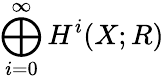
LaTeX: \bigoplus_{i=0}^{\infty}H^{i}(X;R)